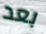
بعد